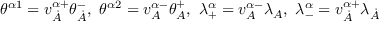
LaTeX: \theta ^ { \alpha 1 } = v _ { \dot { A } } ^ { \alpha + } \theta _ { \dot { A } } ^ { - } , \ \theta ^ { \alpha 2 } = v _ { A } ^ { \alpha - } \theta _ { A } ^ { + } , \ \lambda _ { + } ^ { \alpha } = v _ { A } ^ { \alpha - } \lambda _ { A } , \ \lambda _ { - } ^ { \alpha } = v _ { \dot { A } } ^ { \alpha + } \lambda _ { \dot { A } }